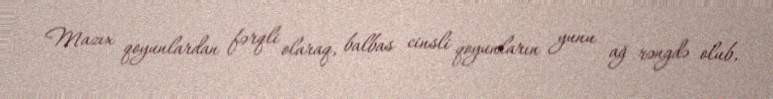
Mazıx qoyunlardan fərqli olaraq, balbas cinsli qoyunların yunu ağ rəngdə olub,